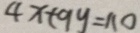
4 x + 9 y = 1 1 0